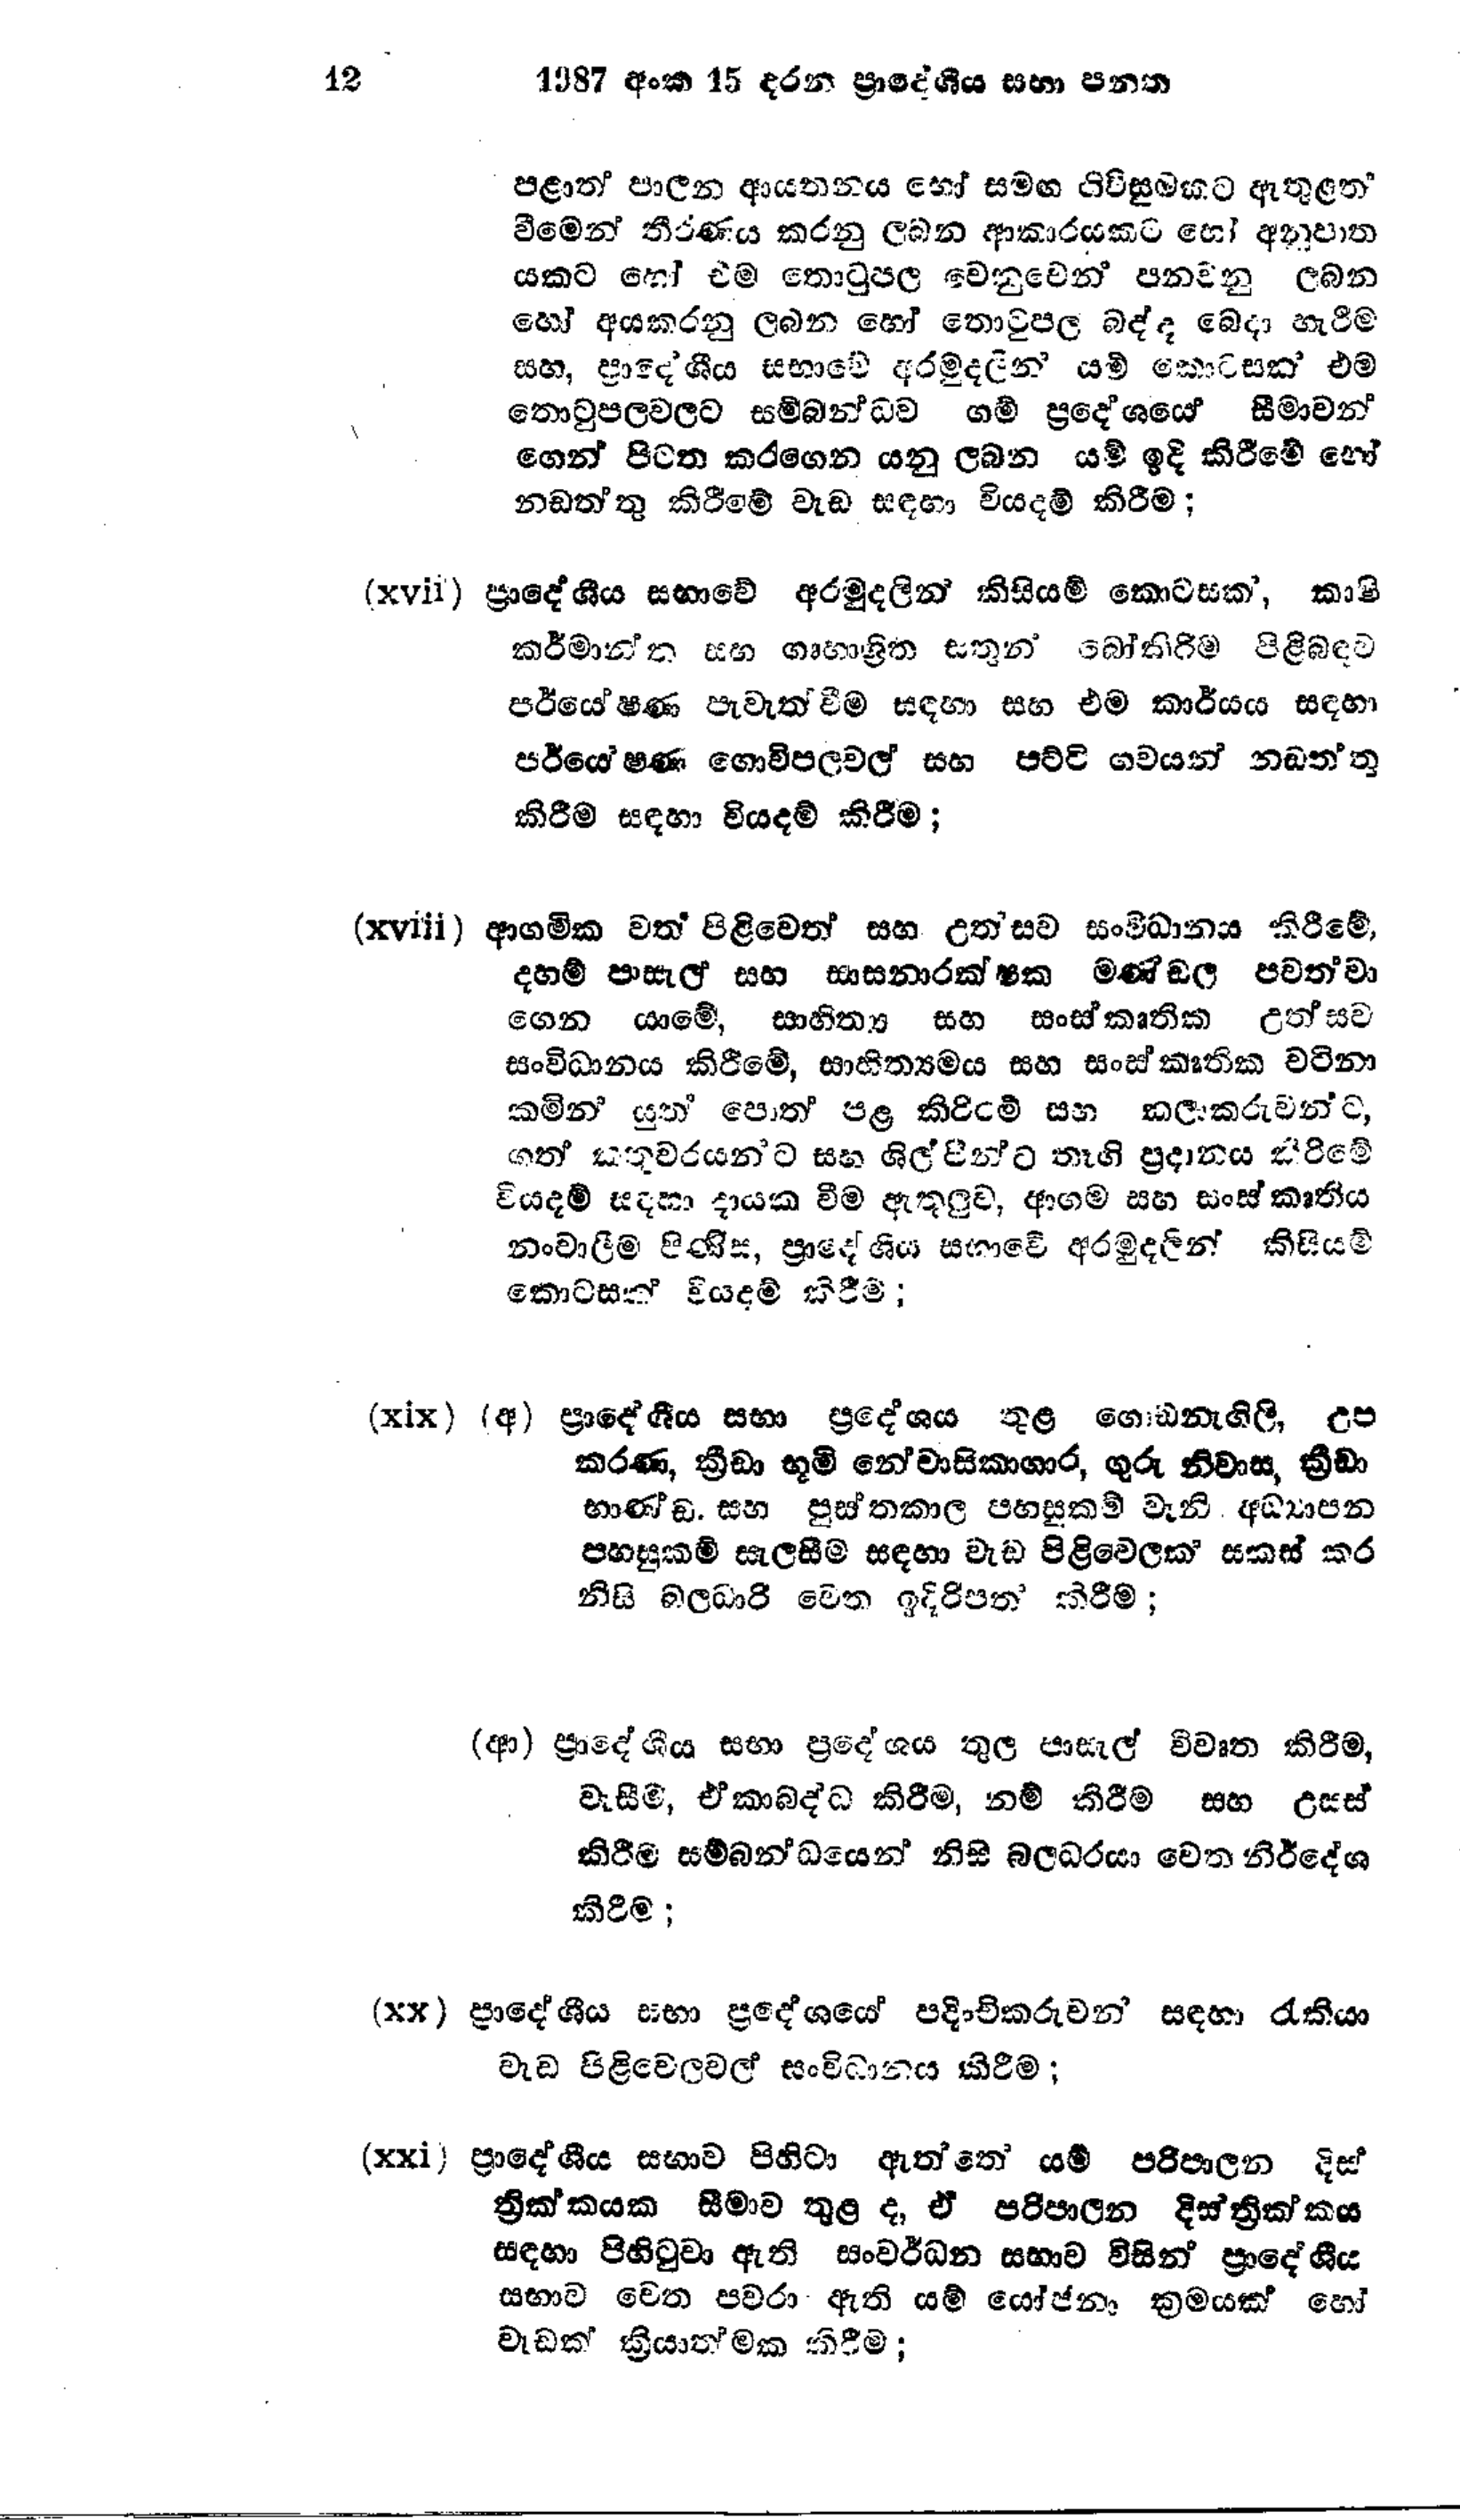
12 1987 අංක 15 දරන ප්‍රාදේශීය සභා පනත

පළාත් පාලන ආයතනය හෝ සමඟ ගිවිසුමකට ඇතුළත්
වීමෙන් තීරණය කරනු ලබන ආකාරයකට හෝ අනුපාත
යකට හෝ එම තොටුපල වෙනුවෙන් පනවනු ලබන
හෝ අය කරනු ලබන හෝ තොටුපල බද්ද බෙදා හැරීම
සහ, ප්‍රාදේශීය සභාවේ අරමුදලින් යම් කොටසක් එම
තොටුපලවලට සම්බන්ධව ගම් ප්‍රදේශයේ සීමාවන්
ගෙන් පිටත කරගෙන යනු ලබන යම් ඉදි කිරීමේ හෝ
නඩත්තු කිරීමේ වැඩ සඳහා වියදම් කිරීම;

(xvii) ප්‍රාදේශීය සභාවේ අරමුදලින් කිසියම් කොටසක්, කාෂි
කර්මාන්ත සහ ගෘහාශ්‍රිත සතුන් බෝකිරිම පිළිබඳව
පර්යේෂණ පැවැත්වීම සඳහා සහ එම කාර්යය සඳහා
පර්යේෂණ ගොවිපල වල සහ පට්ටි ගවයන් නඩත්තු
කිරීම සඳහා වියදම් කිරීම;

(xviii) ආගමික වත් පිළිවෙත් සහ උත්සව සංවිධානය කිරීමේ,
දහම් පාසැල් සහ සාසනාරක්ෂක මණ්ඩල පවත්වා
ගෙන යාමේ, සාහිත්‍ය සහ සංස්කෘතික උත්සව
සංවිධානය කිරීමේ, සාහිත්‍යමය සහ සංස්කෘතික වටිනා
කමින යුතු පොත පළ කිරිම් සහ කලාකරුවන්ට,
ගත් කතුවරයන්ට සහ ශිල්පීන්ට තෑගි ප්‍රදානය කිරිමේ
වියදම් සඳහා දායක වීම ඇතුලුව, ආගම සහ සංස්කෘකෘතිය
නංවාලීම පිණිස, ප්‍රාදේශීය සභාවෙි අරමුදලින් කිසියම්
කොටසක් වියදම් කිරීම;

(xix) (අ) ප්‍රාදේශීය සභා ප්‍රදේශය තුළ ගොඩනැගිලි, උප
කරණ, ක්‍රීඩා භූමි නේවාසිකාගාර, ගුරු නිවාස, ක්‍රීඩා
භාණ්ඩ සහ පුස්තකාල පහසුකම් වැනි අධ්‍යාපන
පහසුකම් සැලසීම සඳහා වැඩ පිළිවෙලක් සකස් කර
නිසි බලධාරි වෙත ඉදිරිපත් කිරීම;

(ආ) ප්‍රාදේශීය සභා ප්‍රදේශය තුල පාසැල් විවෘත කිරීම,
වැසීම්, ඒකාබද්ධ කිරීම, නම් කිරීම සහ උසස්
කිරීම සම්බන්ධයෙන් නිසි බලධරයා වෙත නිර්දේශ
කිරීම;

(xx) ප්‍රාදේශීය සභා ප්‍රදේශයේ පදිංචිකරුවන් සඳහා රැකියා
වැඩ පිළිවෙලවල් සංවිධානය කිරීම;

(xxi) ප්‍රාදේශීය සභාව පිහිටා ඇත්තේ යම් පරිපාලන දිස්
ත්‍රික්කයක සීමාව තුළ ද, ඒ පරිපාලන දිස්ත්‍රික්කය
සඳහා පිහිටුවා ඇති සංවර්ධන සභාව විසින් ප්‍රාදේශීය
සභාව වෙත පවරා ඇති යම් යෝජනා ක්‍රමයක් හෝ
වැඩක් ක්‍රියාත්මක කිරීම;